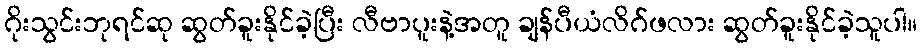
ဂိုးသွင်းဘုရင်ဆု ဆွတ်ခူးနိုင်ခဲ့ပြီး လီဗာပူးနဲ့အတူ ချန်ပီယံလိဂ်ဖလား ဆွတ်ခူးနိုင်ခဲ့သူပါ။